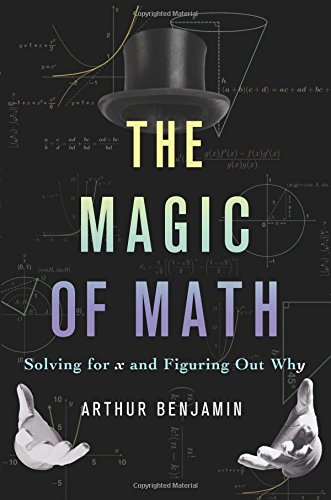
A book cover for The Magic of Math: Solving for x and Figuring Out Why; Arthur Benjamin; Science & Math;